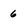
Character: 6